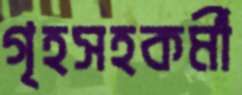
গৃহসহকর্মী